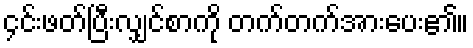
၄င်းဖတ်ပြီးလျှင်စာကို တက်တက်အားပေး၏။